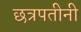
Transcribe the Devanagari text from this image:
छत्रपतीनी